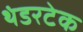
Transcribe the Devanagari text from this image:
थंडरटेक